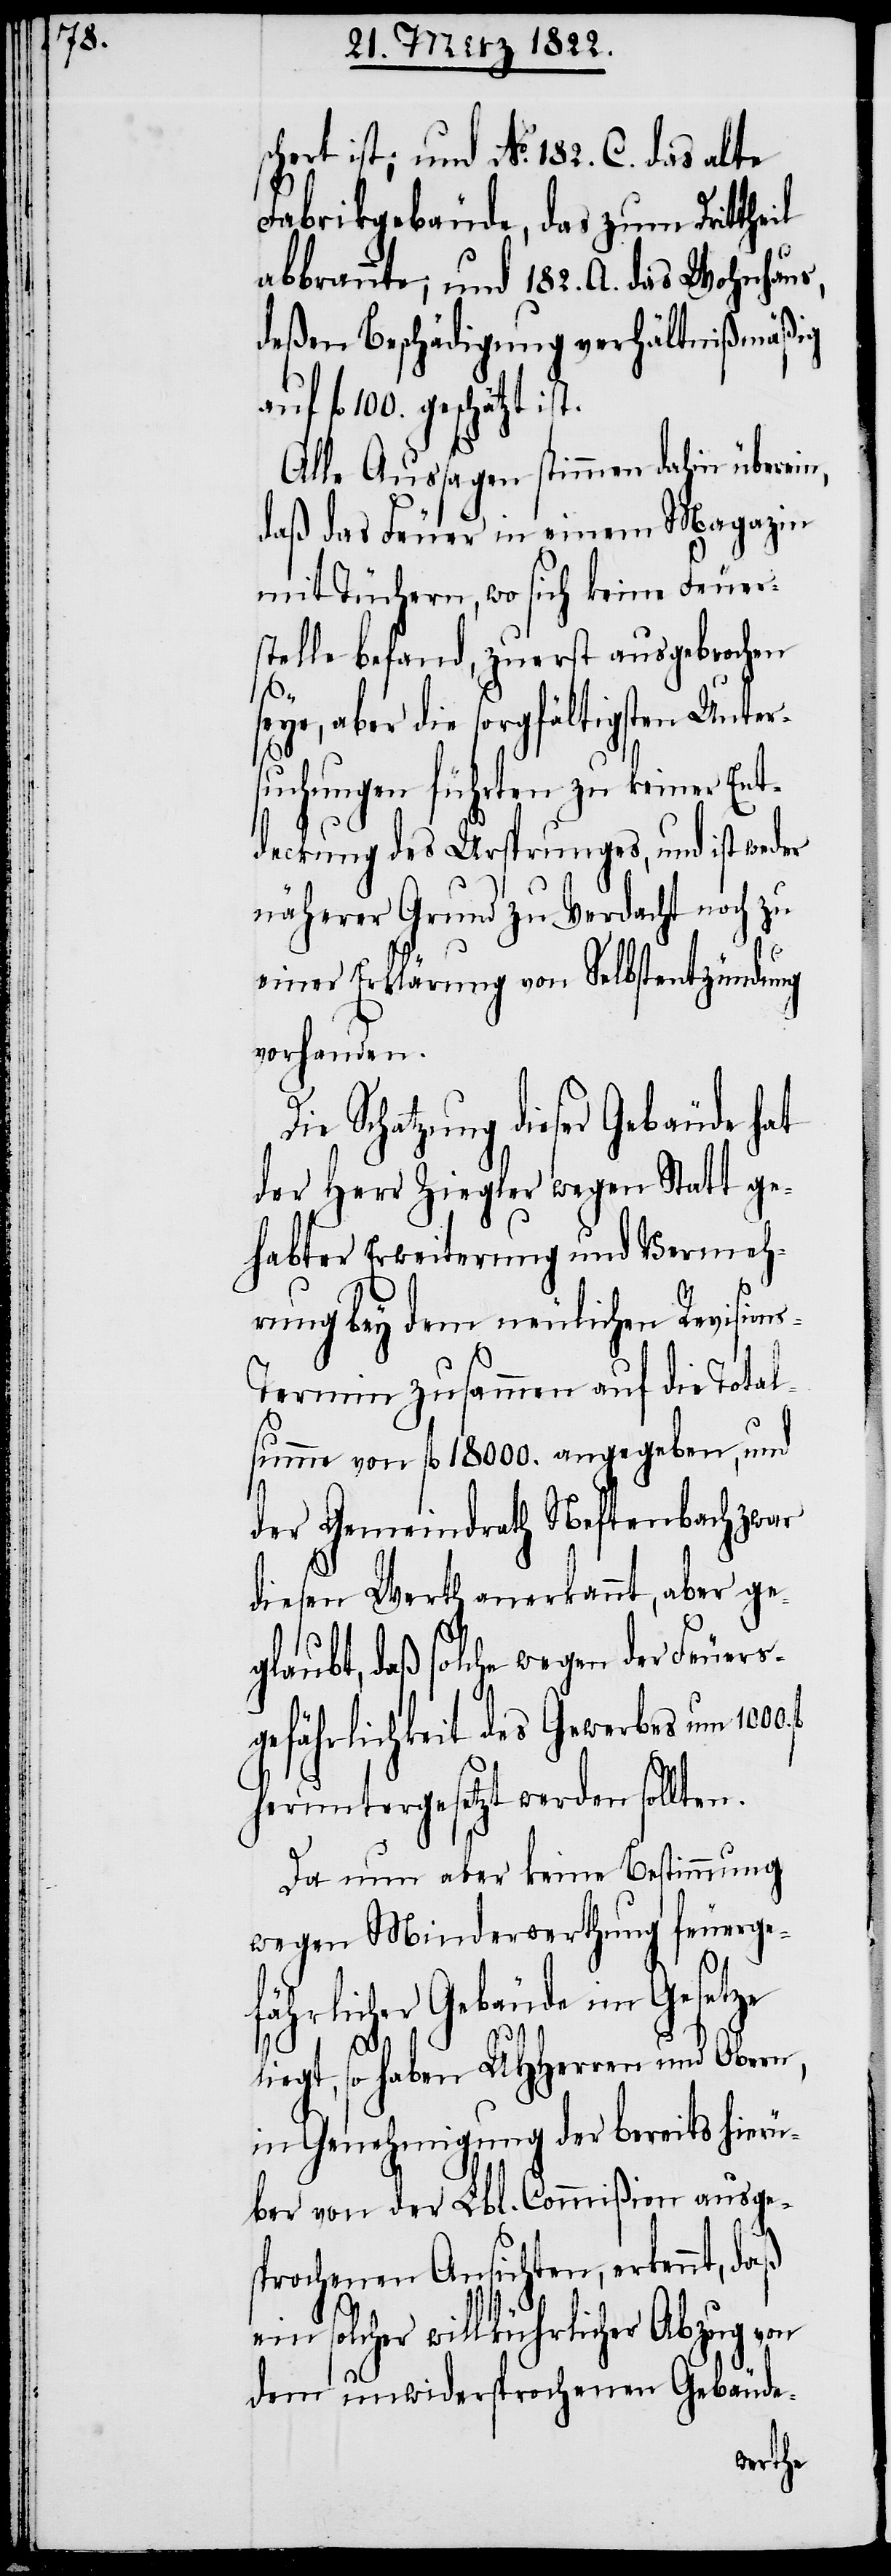
schert ist; und No. 182. C. das alte
Fabrikgebäude, das zum Drittheil
abbrannte; und 182. A. das Wohnhaus,
deßen Beschädigung verhältnißmäßig
fl. 100. geschätzt is¬
Alle Aussagen stimmen dahin überein,
daß das Feuer in einem Magazin
mit Tüchern, wo sich keine Feuer¬
stelle befand, zuerst ausgebrochen
seye, aber die sorgfältigsten Unter¬
suchungen führten zu keiner Ent¬
deckung des Ursprunges, und ist weder
näherer Grund zu Verdacht noch zu
fl.
einer Erklärung von Selbstentzündung
vorhanden.
Schatzung dieser Gebäude hat
der Herr Ziegler wegen Statt ge¬
habter Erweiterung und Vermeh¬
rung bey dem neuerlichen Revision¬
s-Termin zusammen auf die Total¬
summe von fl. 18000. angegeben, und
der Gemeindrath Neftenbach zwar
diesen Werth anerkannt, aber ge¬
glaubt, daß solche wegen der Feuers¬
gefährlichkeit des Gewerbes um 1000.
heruntergesetzt werden sollten.
Da nun aber keine Bestimmung
wegen Minderwerthung feuerge¬
fährlicher Gebäude im Gesetze
t.
liegt, so haben UHHerrn und Obern,
in Genehmigung der bereits hierü¬
ber von der Lbl. Commißion ausges¬
prochenen Ansichten, erkennt, daß
ein solcher willkührlicher Abzug von
dem unwidersprochenen Gebäude-